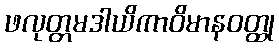
ဖလုတ္တမဒါယိကာဝိမာနဝတ္ထု